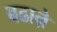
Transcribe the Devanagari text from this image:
बढाऩे